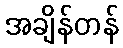
အချိန်တန်